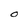
Character: O